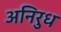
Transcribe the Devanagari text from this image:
अनिरुध